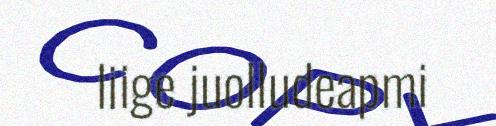
liige juolludeapmi